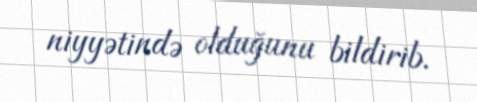
niyyətində olduğunu bildirib.